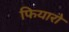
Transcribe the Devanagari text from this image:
फियारो